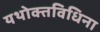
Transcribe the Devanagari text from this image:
यथोक्तविधिना